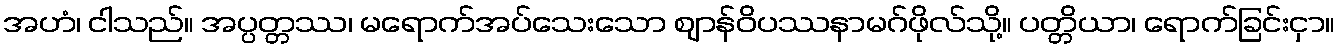
အဟံ၊ ငါသည်။ အပ္ပတ္တဿ၊ မရောက်အပ်သေးသော ဈာန်ဝိပဿနာမဂ်ဖိုလ်သို့။ ပတ္တိယာ၊ ရောက်ခြင်းငှာ။